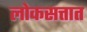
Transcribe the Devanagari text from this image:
लोकसत्तात